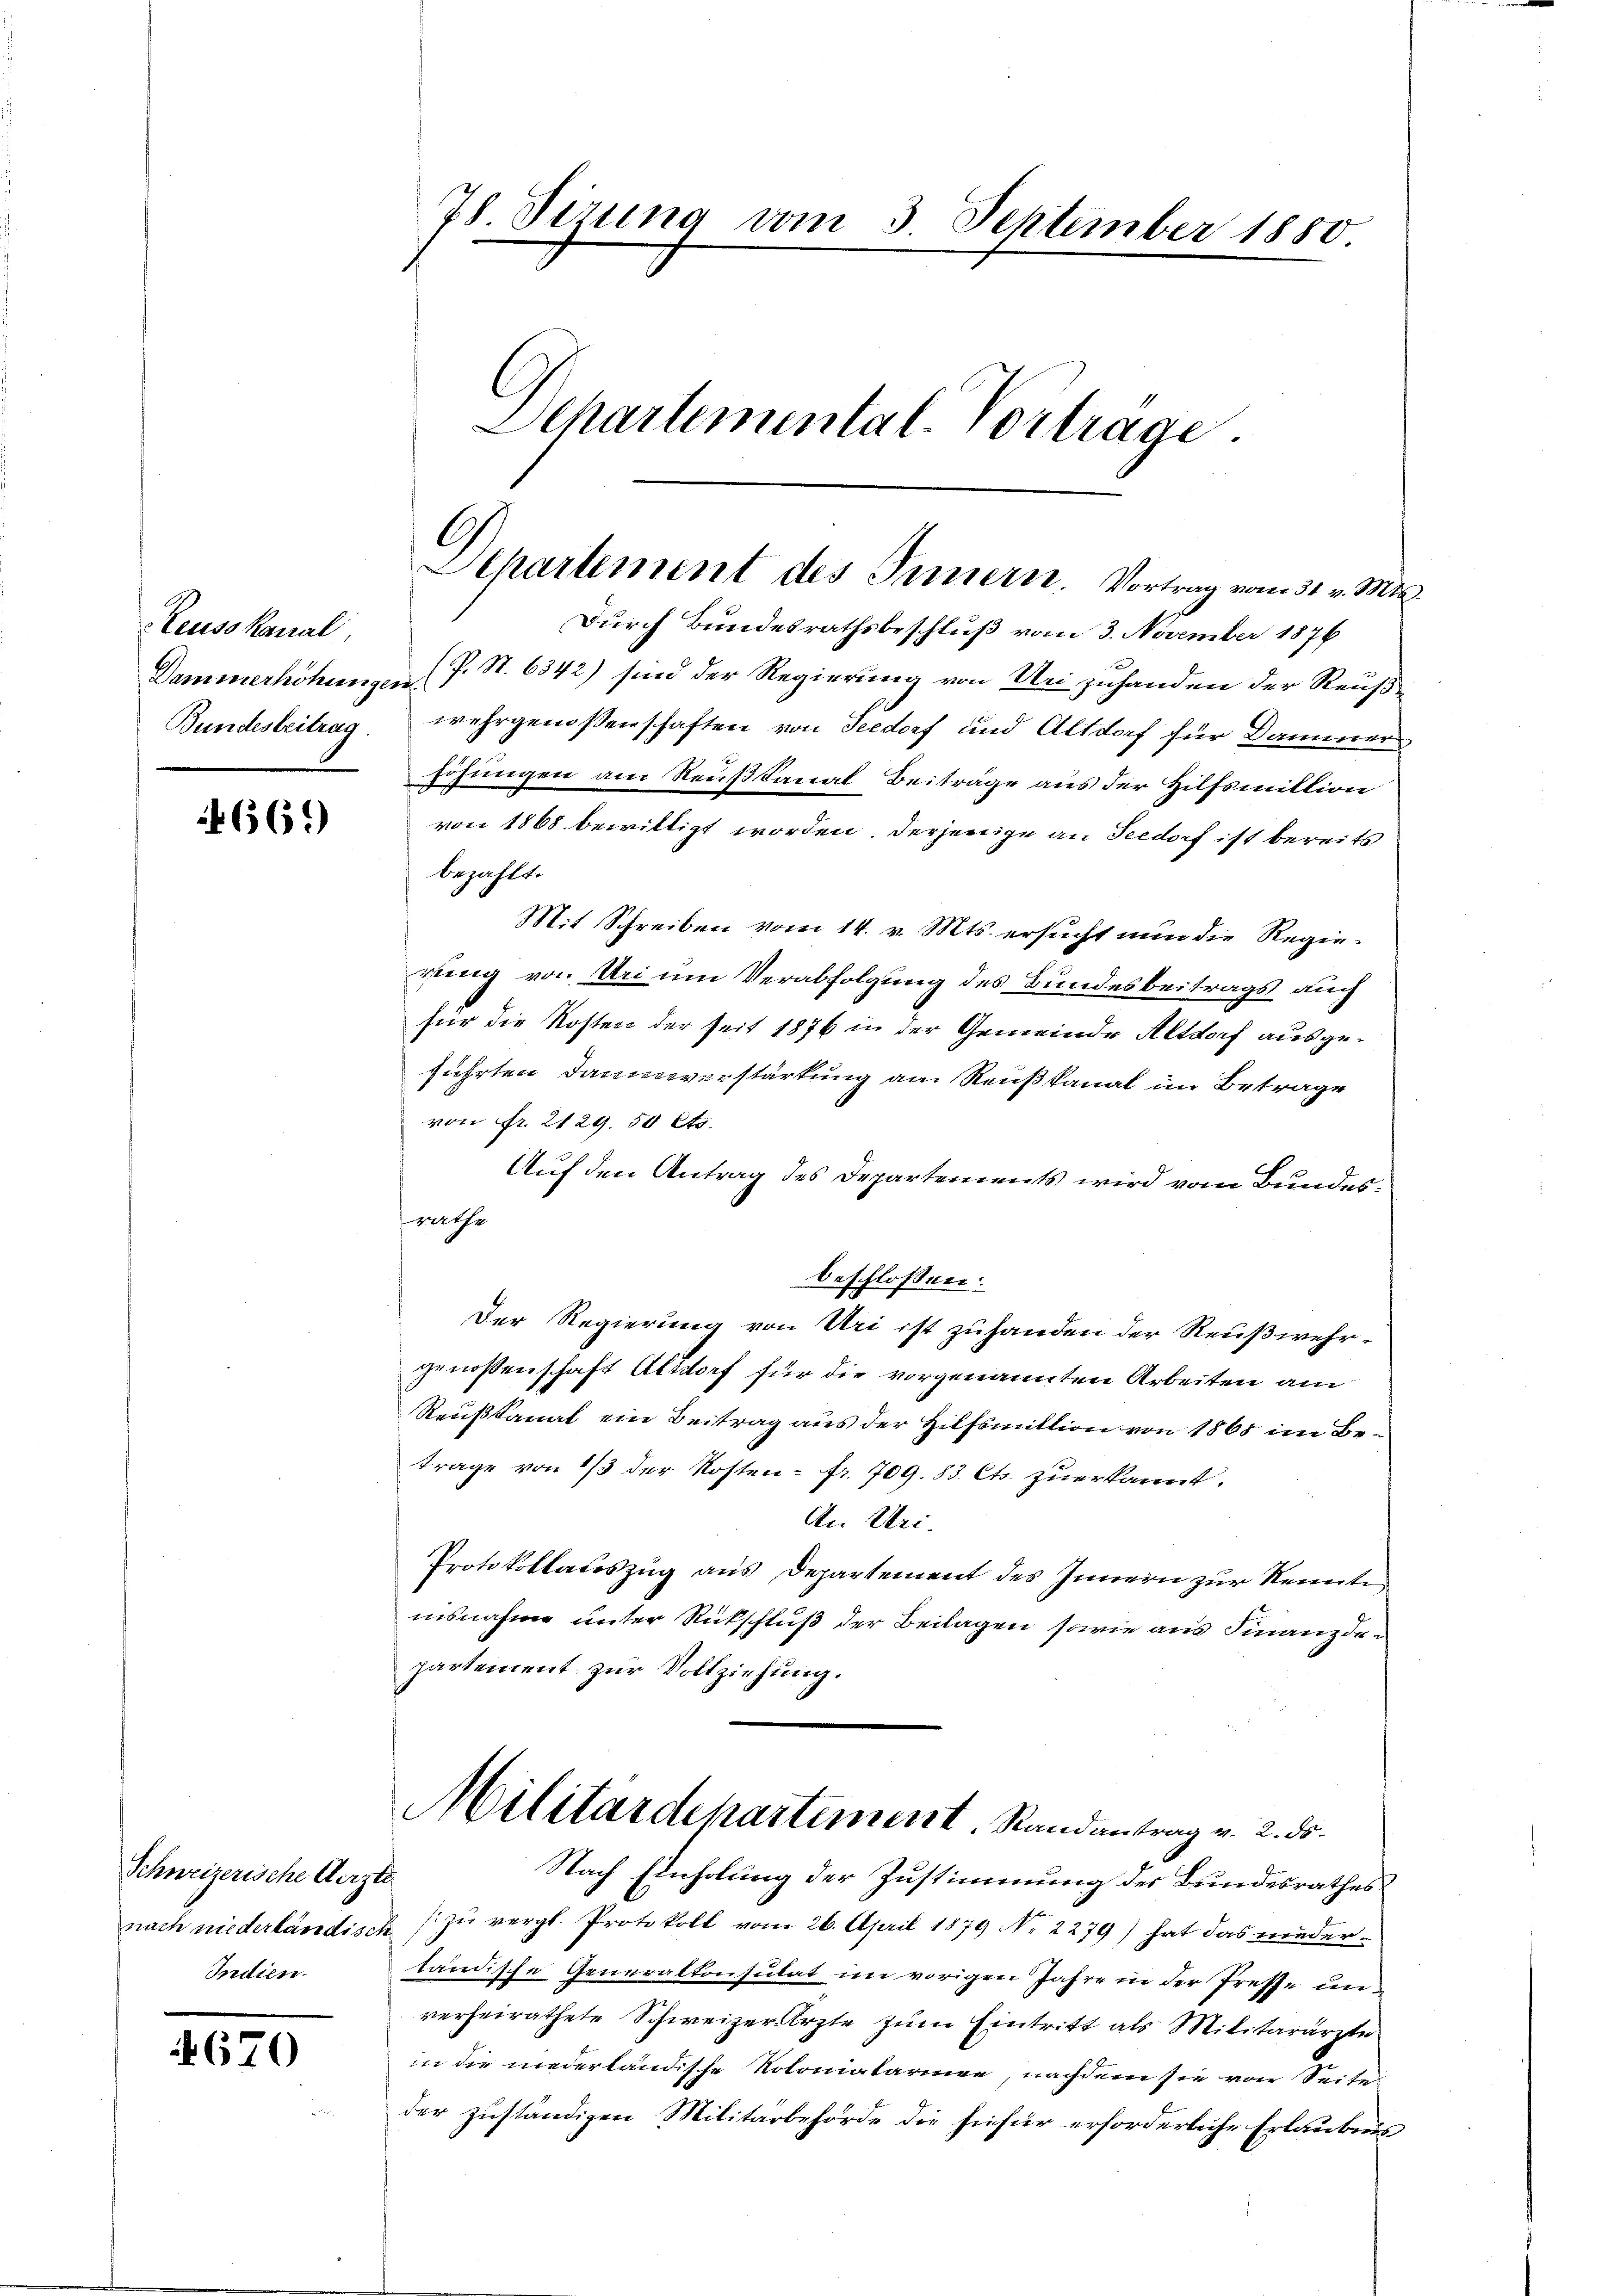
Seuso kanal,
Bundesbeitrag

66.)

Schweizerische Aerzte
Indien.

670

78. Sitzung vom 3. September 1880.
Schartemental-Vortrage.

Durch Bundesrathsbeschluß vom 3. November 1876
Dammerhöhungen (s. S. 6342) sind der Regierung von Uri zuhanden der Reusswehrgenossenschaften von Seedorf und Altdorf für Dammerhöhungen am Reußkanal Beiträge aus der Hilfsmittion
von 1868 bewilligt worden. Derjenige an Seedorf ist bereits
bezahlt.
Mit Schreiben vom 14. v. Mts. ersucht nun die Regierung von Uri um Verabfolgung des Bundesbeitrags auch
für die Kosten der seit 1876 in der Gemeinde Altdorf ausgeführten Daumenstärkung am Reußkanal im Betrage
von Fr. 2129. 50 Cts.
Auf den Antrag des Departements wird vom Bundesrrathe
beschlossen:
Der Regierung von Uri ist zuhanden der Reußwehrgenoßenschaft Altdorf für die vorgenannten Arbeiten am
Reußkanal ein Beitrag aus der Hilfsmittion von 1865 im Betrage von 1/3 der Kosten - fr. 709. 83. Cts. zuerkannt.
An Uri.
Protokollateszug aus Departement des Innern zur Kenntinisnahme unter Rückschluß der Beilagen sowie aus Finanzdepartement zur Vollziehung.
Militärdepartement. Randantrag v. 2. ds.
Nach Einholung der Zustimmung des Bundesrathes
nach niederländisch zu vergl. Protokoll vom 26. April 1879 No 2279) hat das niederländische Generalkonsulat im vorigen Jahre in der Presse unverheirathete Schweizer Ärzte zum Eintritt als Militärärzte
in die niederländische Koloniatarinne, nachdem sie von Seite
der zuständigen Militärbehörde die hiefür erforderliche Erlaubnis

A
Separtement des Innern. Vortrag vom 31. v. Mts.